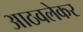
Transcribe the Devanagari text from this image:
आठवलेकर